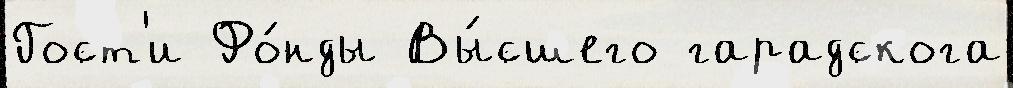
Гост'и Фо́нды Вы́сшего гарадскога